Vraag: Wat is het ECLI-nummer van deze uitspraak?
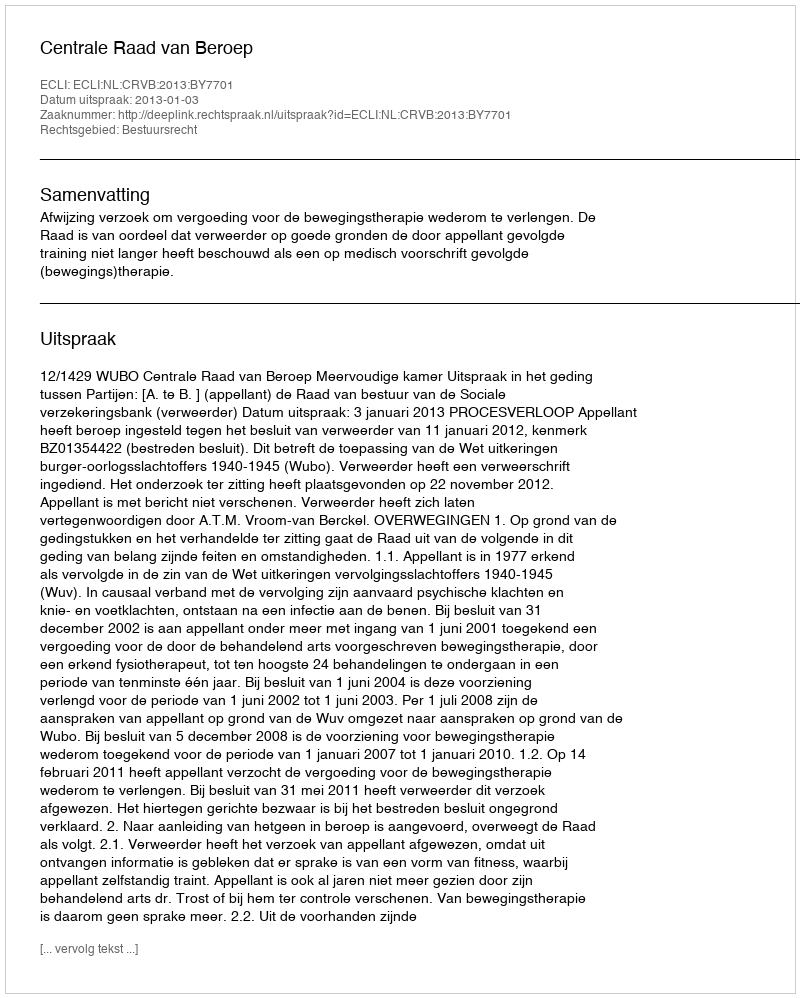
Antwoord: ECLI:NL:CRVB:2013:BY7701